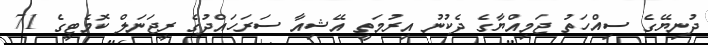
ދުނިޔޭގެ ސިއްހަތު ޖަމިއްޔާގެ ދެކުނު އިރުމަތީ އޭޝިއާ ސަރަހައްދުގެ ރީޖަނަލް ކޮމެޓީގެ 71